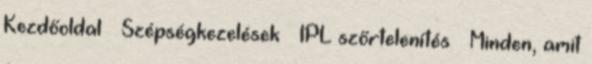
Kezdőoldal » Szépségkezelések » IPL szőrtelenítés » Minden, amit